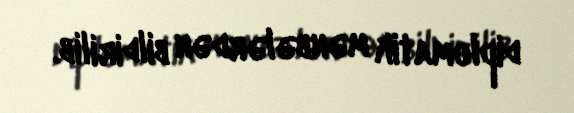
diplomatik mənbələrdən bildirilib.